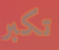
تكبر